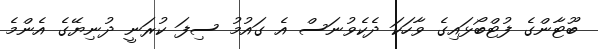
ބޫޓާންގެ ފުޓްބޯޅައިގެ ވާހަކަ ދެކެވުނަސް އެ ގައުމު ސިފަ ކުރަނީ ދުނިޔޭގެ އެންމެ